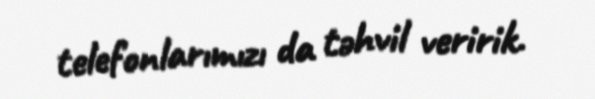
telefonlarımızı da təhvil veririk.